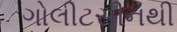
ગોલીટસીનથી